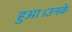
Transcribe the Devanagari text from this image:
हुआ।उनके